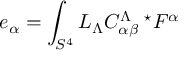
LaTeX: e _ { \alpha } = \int _ { S ^ { 4 } } L _ { \Lambda } C _ { \alpha \beta } ^ { \Lambda \ \ \star } F ^ { \alpha }